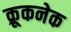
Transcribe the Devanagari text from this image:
क्रूकनेक